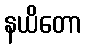
နယိတော